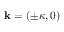
\mathbf { k } = ( \pm \kappa , 0 )